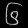
Digit: ၆